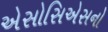
એસોસિએસનો